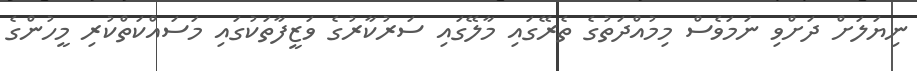
ނިޔަލަށް ދަށްވި ނަމަވެސް މިމުއްދަތުގެ ތެރޭގައި މާލޭގައި ސަރުކާރުގެ ވަޒީފާތަކުގައި މަސައްކަތްކުރި މީހުންގެ